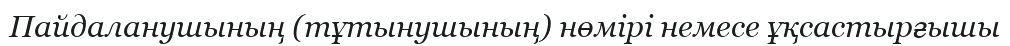
Пайдаланушының (тұтынушының) нөмірі немесе ұқсастырғышы